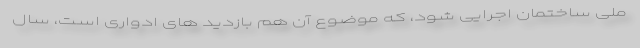
ملی ساختمان اجرایی شود، که موضوع آن هم بازدید های ادواری است، سال